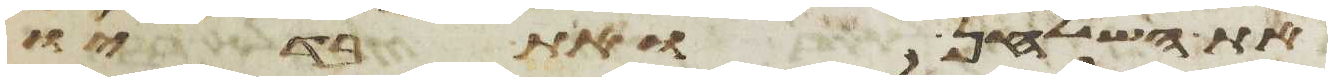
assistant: את השלחן ואת בדיו